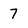
Character: 7